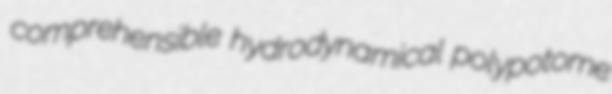
comprehensible hydrodynamical polypotome